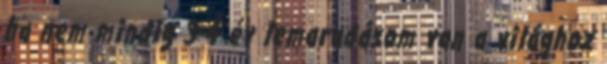
ha nem mindig 3-4 év lemaradásom van a világhoz